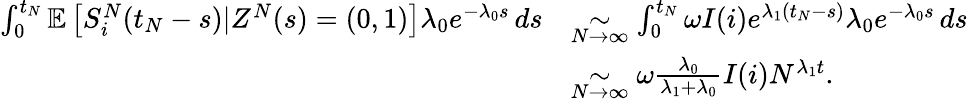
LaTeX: \begin{array}{rl}{\int_{0}^{t_{N}}\mathbb{E}\left[S_{i}^{N}(t_{N}-s)\vert Z^{N}(s)=(0,1)\right]\lambda_{0}e^{-\lambda_{0}s}\, ds}&{\underset{N\to\infty}{\sim}\int_{0}^{t_{N}}\omega I(i)e^{\lambda_{1}(t_{N}-s)}\lambda_{0}e^{-\lambda_{0}s}\, ds}\\ &{\underset{N\to\infty}{\sim}\omega\frac{\lambda_{0}}{\lambda_{1}+\lambda_{0}}I(i)N^{\lambda_{1}t}.}\end{array}